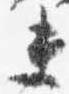
夫